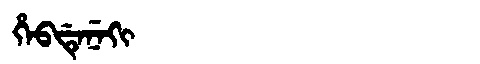
Manchu: ᡥᡝᠪᡩᡝᠨᡝᡴᡳ
Romanization: HEBDENEKI